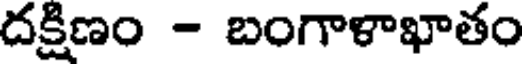
దక్షిణం - బంగాళాఖాతం